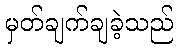
မှတ်ချက်ချခဲ့သည်